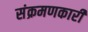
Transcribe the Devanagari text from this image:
संक्रमणकारी